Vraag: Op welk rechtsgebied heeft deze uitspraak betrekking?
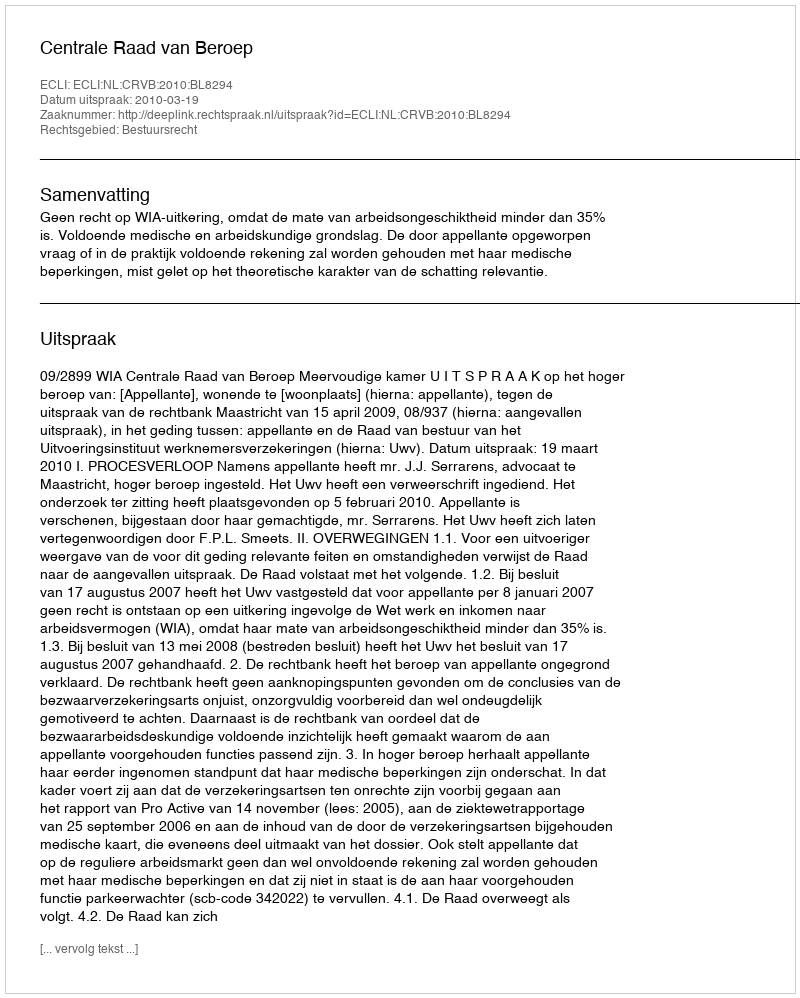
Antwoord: Bestuursrecht